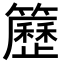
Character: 𥷒